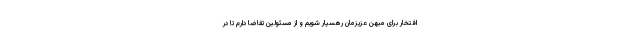
افتخار برای میهن عزیزمان رهسپار شویم و از مسئولین تقاضا دارم تا در